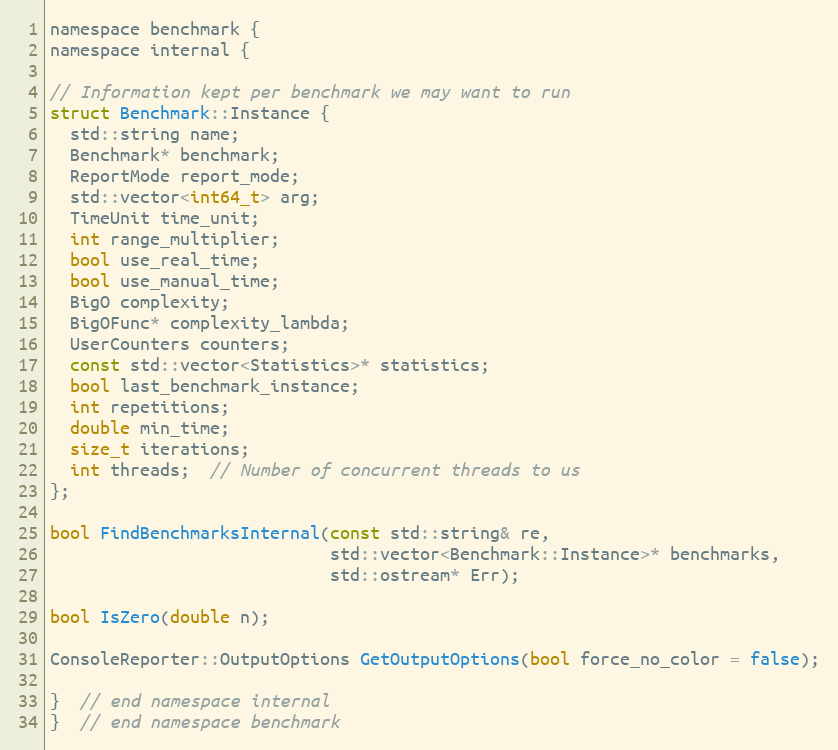
Language: C
namespace benchmark {
namespace internal {

// Information kept per benchmark we may want to run
struct Benchmark::Instance {
  std::string name;
  Benchmark* benchmark;
  ReportMode report_mode;
  std::vector<int64_t> arg;
  TimeUnit time_unit;
  int range_multiplier;
  bool use_real_time;
  bool use_manual_time;
  BigO complexity;
  BigOFunc* complexity_lambda;
  UserCounters counters;
  const std::vector<Statistics>* statistics;
  bool last_benchmark_instance;
  int repetitions;
  double min_time;
  size_t iterations;
  int threads;  // Number of concurrent threads to us
};

bool FindBenchmarksInternal(const std::string& re,
                            std::vector<Benchmark::Instance>* benchmarks,
                            std::ostream* Err);

bool IsZero(double n);

ConsoleReporter::OutputOptions GetOutputOptions(bool force_no_color = false);

}  // end namespace internal
}  // end namespace benchmark